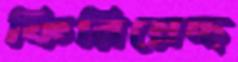
ফিরিয়েছ